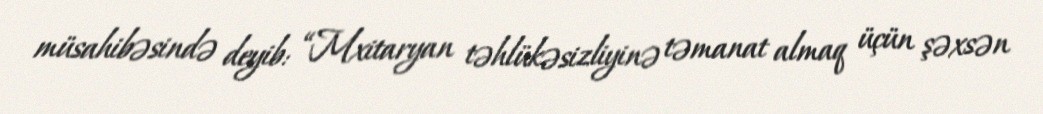
müsahibəsində deyib: “Mxitaryan təhlükəsizliyinə təmanat almaq üçün şəxsən